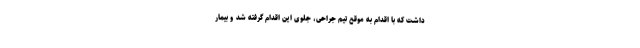
داشت که با اقدام به موقع تیم جراحی، جلوی این اقدام گرفته شد و بیمار